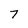
Character: 7